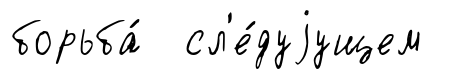
борьба́ сл'е́дуjущем